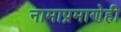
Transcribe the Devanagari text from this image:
नामाप्रमाणेही